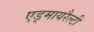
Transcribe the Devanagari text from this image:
एड्मायरैल्टी